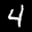
Label: 4